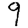
Digit: 9